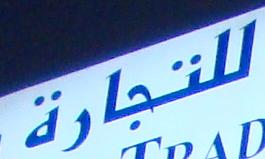
للتجارة